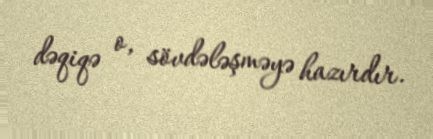
dəqiqə o, sövdələşməyə hazırdır.